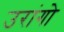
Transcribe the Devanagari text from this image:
उरांगो